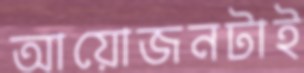
আয়োজনটাই